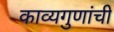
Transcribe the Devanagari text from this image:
काव्यगुणांची